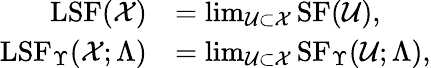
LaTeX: \begin{array}{rl}{\mathrm{LSF}(\mathcal{X})}&{=\operatorname*{lim}_{\mathcal{U}\subset\mathcal{X}}\mathrm{SF}(\mathcal{U}),}\\ {\mathrm{LSF}_{\Upsilon}(\mathcal{X};\Lambda)}&{=\operatorname*{lim}_{\mathcal{U}\subset\mathcal{X}}\mathrm{SF}_{\Upsilon}(\mathcal{U};\Lambda),}\end{array}